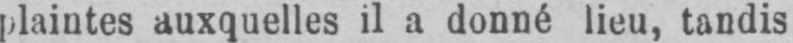
plaintes auxquelles il a donné lieu, tandis